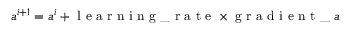
a ^ { i + 1 } = a ^ { i } + \textrm { l e a r n i n g \_ r a t e } \times \textrm { g r a d i e n t \_ } a